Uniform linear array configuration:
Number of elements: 4
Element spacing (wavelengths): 0.25
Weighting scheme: hann
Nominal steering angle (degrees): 30
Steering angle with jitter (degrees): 30.152
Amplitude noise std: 0.05
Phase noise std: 0.05

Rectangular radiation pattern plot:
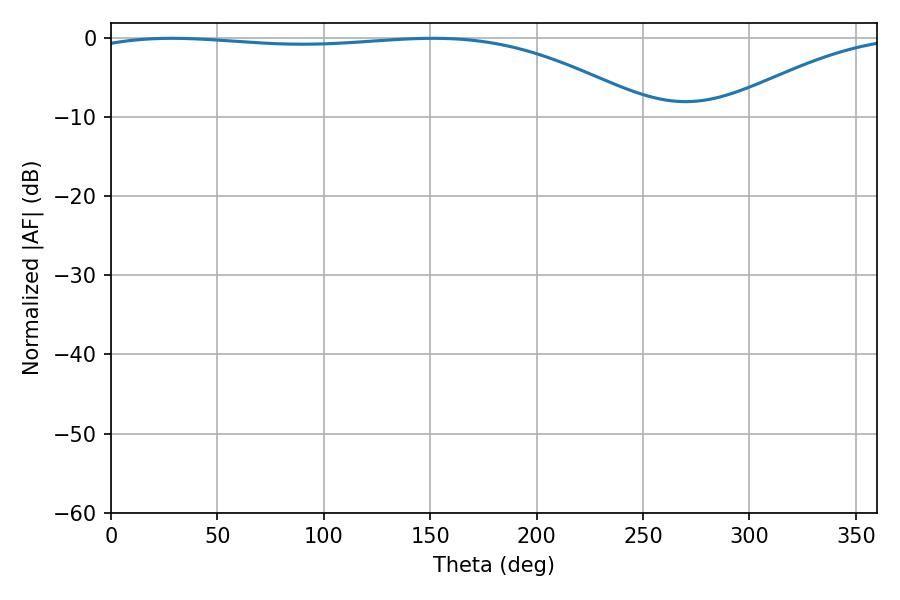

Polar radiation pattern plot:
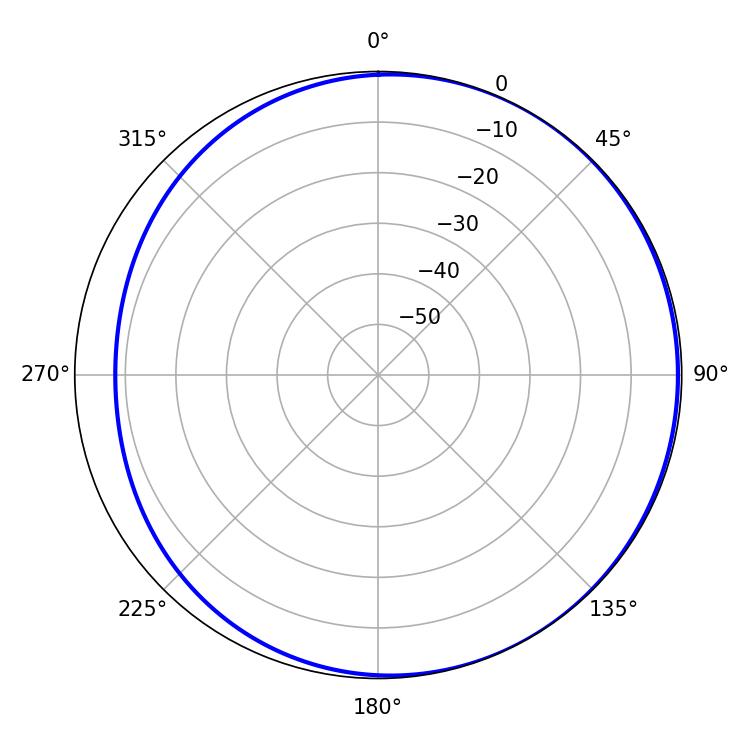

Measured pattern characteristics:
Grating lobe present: FALSE
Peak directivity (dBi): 2.153
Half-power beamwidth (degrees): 211.32
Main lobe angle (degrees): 28.62